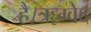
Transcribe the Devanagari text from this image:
है।ॠग्वेद